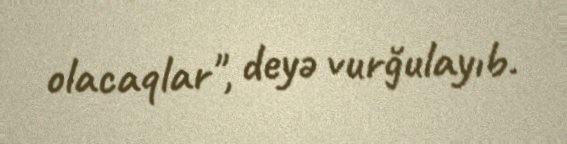
olacaqlar", deyə vurğulayıb.